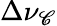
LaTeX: \Delta\nu_{\mathscr{C}}